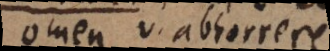
omen v. abhorrere.